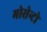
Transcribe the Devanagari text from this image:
मोसेन्टो